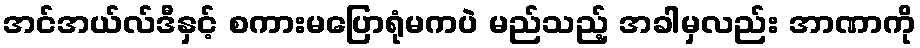
အင်အယ်လ်ဒီနှင့် စကားမပြောရုံမကပဲ မည်သည့် အခါမှလည်း အာဏာကို